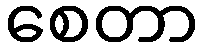
စေတာ